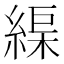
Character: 𦂘